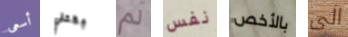
أسعى بقتلي لم نفس بالأخص الى